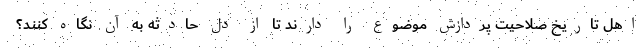
اهل تاریخ صلاحیت پردازش موضوع را دارند تا از دل حادثه به آن نگاه کنند؟